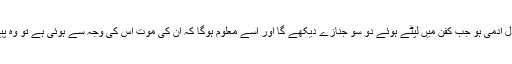
کتنا ہی پتھر دل آدمی ہو جب کفن میں لپٹے ہوئے دو سو جنازے دیکھے گا اور اسے معلوم ہوگا کہ ان کی موت اس کی وجہ سے ہوئی ہے تو وہ پیلا ہوجائے گا۔